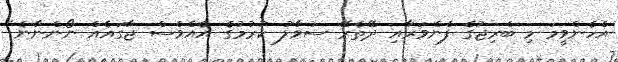
އެހެންވީމަ މި ބްރިޖުގެ ފެންވަރާއި ދޭތެރޭ ސުވާލު ކުރުމުގެ އެއްވެސް ޖާގައެއް ނޯންނާނެ"